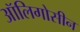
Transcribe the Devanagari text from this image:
ऑलिगोसीन